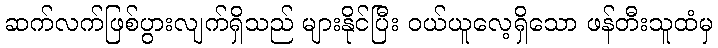
ဆက်လက်ဖြစ်ပွားလျက်ရှိသည် များနိုင်ပြီး ဝယ်ယူလေ့ရှိသော ဖန်တီးသူထံမှ